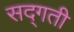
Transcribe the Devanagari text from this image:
सद्‌गती